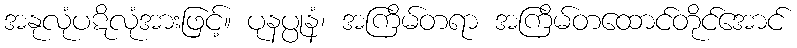
အနုလုံပဋိလုံအားဖြင့်။ ပုနပ္ပုနံ၊ အကြိမ်တရာ အကြိမ်တထောင်တိုင်အောင်